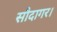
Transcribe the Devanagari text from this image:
सौदागर।